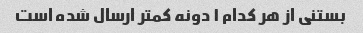
بستنی از هر کدام ۱ دونه کمتر ارسال شده است